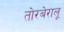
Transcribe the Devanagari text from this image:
तोरबेरालू